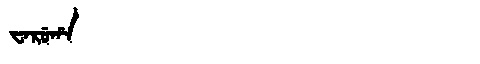
Manchu: ᠸᠠᡵᡠᡥᠠ
Romanization: WARUHA